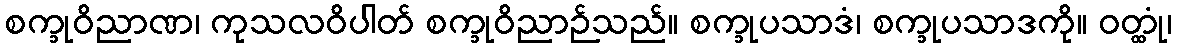
စက္ခုဝိညာဏ၊ ကုသလဝိပါတ် စက္ခုဝိညာဉ်သည်။ စက္ခုပသာဒံ၊ စက္ခုပသာဒကို။ ဝတ္ထုံ၊